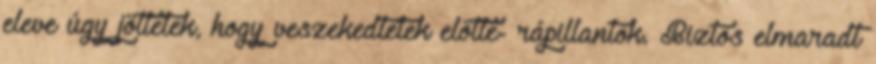
eleve úgy jöttetek, hogy veszekedtetek előtte- rápillantok. Biztos elmaradt